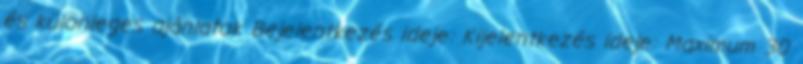
és különleges ajánlatok Bejelentkezés ideje: Kijelentkezés ideje: Maximum 30